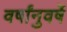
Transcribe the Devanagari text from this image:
वर्षांनुवर्षे